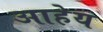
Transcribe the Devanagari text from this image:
आहेय